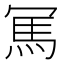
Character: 𠖖